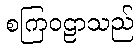
စကြဝဠာသည်